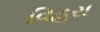
વિહરા